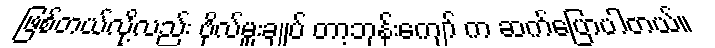
ဖြစ်တယ်လို့လည်း ဗိုလ်မှူးချုပ် တာ့ဘုန်းကျော် က ဆက်ပြောပါတယ်။